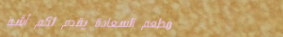
مطعم السعادة يقدم لكم أشه